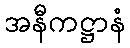
အနီကဋ္ဌာနံ